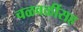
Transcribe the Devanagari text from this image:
चळवळींसह